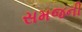
સમજની